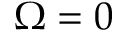
\Omega = 0